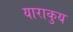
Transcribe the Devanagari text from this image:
याराकुय